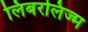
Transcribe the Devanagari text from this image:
लिबरलिज्म